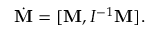
\begin{array} { r } { \dot { \bf M } = [ { \bf M } , I ^ { - 1 } { \bf M } ] . } \end{array}